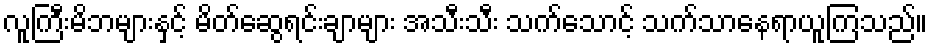
လူကြီးမိဘများနှင့် မိတ်ဆွေရင်းချာများ အသီးသီး သက်သောင့် သက်သာနေရာယူကြသည်။